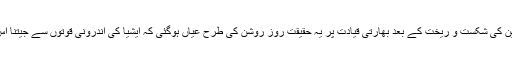
۱۹۹۱ء میں سوویت یونین کی شکست و ریخت کے بعد بھارتی قیادت پر یہ حقیقت روز روشن کی طرح عیاں ہوگئی کہ ایشیا کی اندرونی قوتوں سے جیتنا اس کے بس کی بات نہیں۔